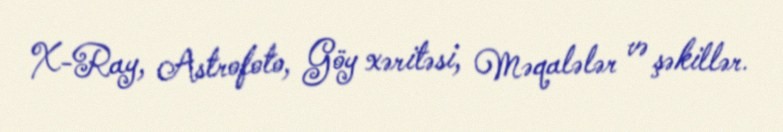
X-Ray, Astrofoto, Göy xəritəsi, Məqalələr və şəkillər.